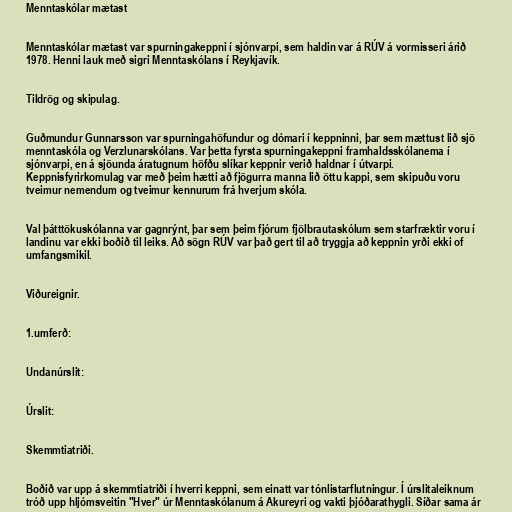
Menntaskólar mætast

Menntaskólar mætast var spurningakeppni í sjónvarpi, sem haldin var á RÚV á vormisseri árið
1978. Henni lauk með sigri Menntaskólans í Reykjavík.

Tildrög og skipulag.

Guðmundur Gunnarsson var spurningahöfundur og dómari í keppninni, þar sem mættust lið sjö
menntaskóla og Verzlunarskólans. Var þetta fyrsta spurningakeppni framhaldsskólanema í
sjónvarpi, en á sjöunda áratugnum höfðu slíkar keppnir verið haldnar í útvarpi.
Keppnisfyrirkomulag var með þeim hætti að fjögurra manna lið öttu kappi, sem skipuðu voru
tveimur nemendum og tveimur kennurum frá hverjum skóla.

Val þátttökuskólanna var gagnrýnt, þar sem þeim fjórum fjölbrautaskólum sem starfræktir voru í
landinu var ekki boðið til leiks. Að sögn RÚV var það gert til að tryggja að keppnin yrði ekki of
umfangsmikil.

Viðureignir.

1.umferð:

Undanúrslit:

Úrslit:

Skemmtiatriði.

Boðið var upp á skemmtiatriði í hverri keppni, sem einatt var tónlistarflutningur. Í úrslitaleiknum
tróð upp hljómsveitin "Hver" úr Menntaskólanum á Akureyri og vakti þjóðarathygli. Síðar sama ár